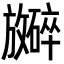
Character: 𪯞